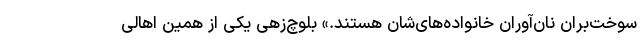
سوخت‌بران نان‌آوران خانواده‌های‌شان هستند.» بلوچ‌زهی یکی از همین اهالی